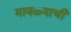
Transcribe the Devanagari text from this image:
मावळ्याची